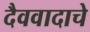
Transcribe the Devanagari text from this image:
दैववादाचे